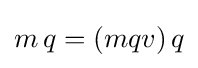
m\,q=(mqv)\,q